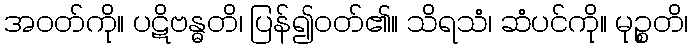
အဝတ်ကို။ ပဋိဗန္ဓတိ၊ ပြန်၍ဝတ်၏။ သိရသံ၊ ဆံပင်ကို။ မုဉ္စတိ၊